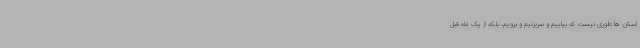
استان ها طوری نیست که بیاییم و سربزنیم و برویم، بلکه از یک ماه قبل